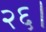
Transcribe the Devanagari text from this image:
२६।